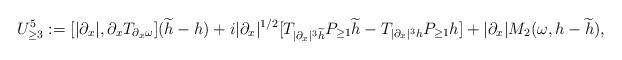
LaTeX: \begin{align*}U_{\geq 3}^5&:=[|\partial_x|,\partial_xT_{\partial_x\omega}](\widetilde{h}-h)+i|\partial_x|^{1/2}[T_{|\partial_x|^3\widetilde{h}}P_{\geq 1}\widetilde{h}-T_{|\partial_x|^3h}P_{\geq 1}h]+|\partial_x|M_2(\omega,h-\widetilde{h}),\end{align*}